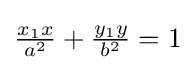
{\tfrac {x_{1}x}{a^{2}}}+{\tfrac {y_{1}y}{b^{2}}}=1